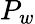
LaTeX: P_{w}